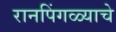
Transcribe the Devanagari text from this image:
रानपिंगळ्याचे